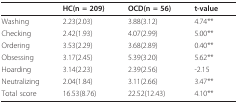
<table><thead><tr><td></td><td><b>HC(n = 209)</b></td><td><b>OCD(n = 56)</b></td><td><b>t-value</b></td></tr></thead><tbody><tr><td>Washing</td><td>2.23(2.03)</td><td>3.88(3.12)</td><td>4.74**</td></tr><tr><td>Checking</td><td>2.42(1.93)</td><td>4.07(2.99)</td><td>5.00**</td></tr><tr><td>Ordering</td><td>3.53(2.29)</td><td>3.68(2.89)</td><td>0.40**</td></tr><tr><td>Obsessing</td><td>3.17(2.45)</td><td>5.39(3.20)</td><td>5.62**</td></tr><tr><td>Hoarding</td><td>3.14(2.23)</td><td>2.39(2.56)</td><td>-2.15</td></tr><tr><td>Neutralizing</td><td>2.04(1.84)</td><td>3.11(2.66)</td><td>3.47**</td></tr><tr><td>Total score</td><td>16.53(8.76)</td><td>22.52(12.43)</td><td>4.10**</td></tr></tbody></table>